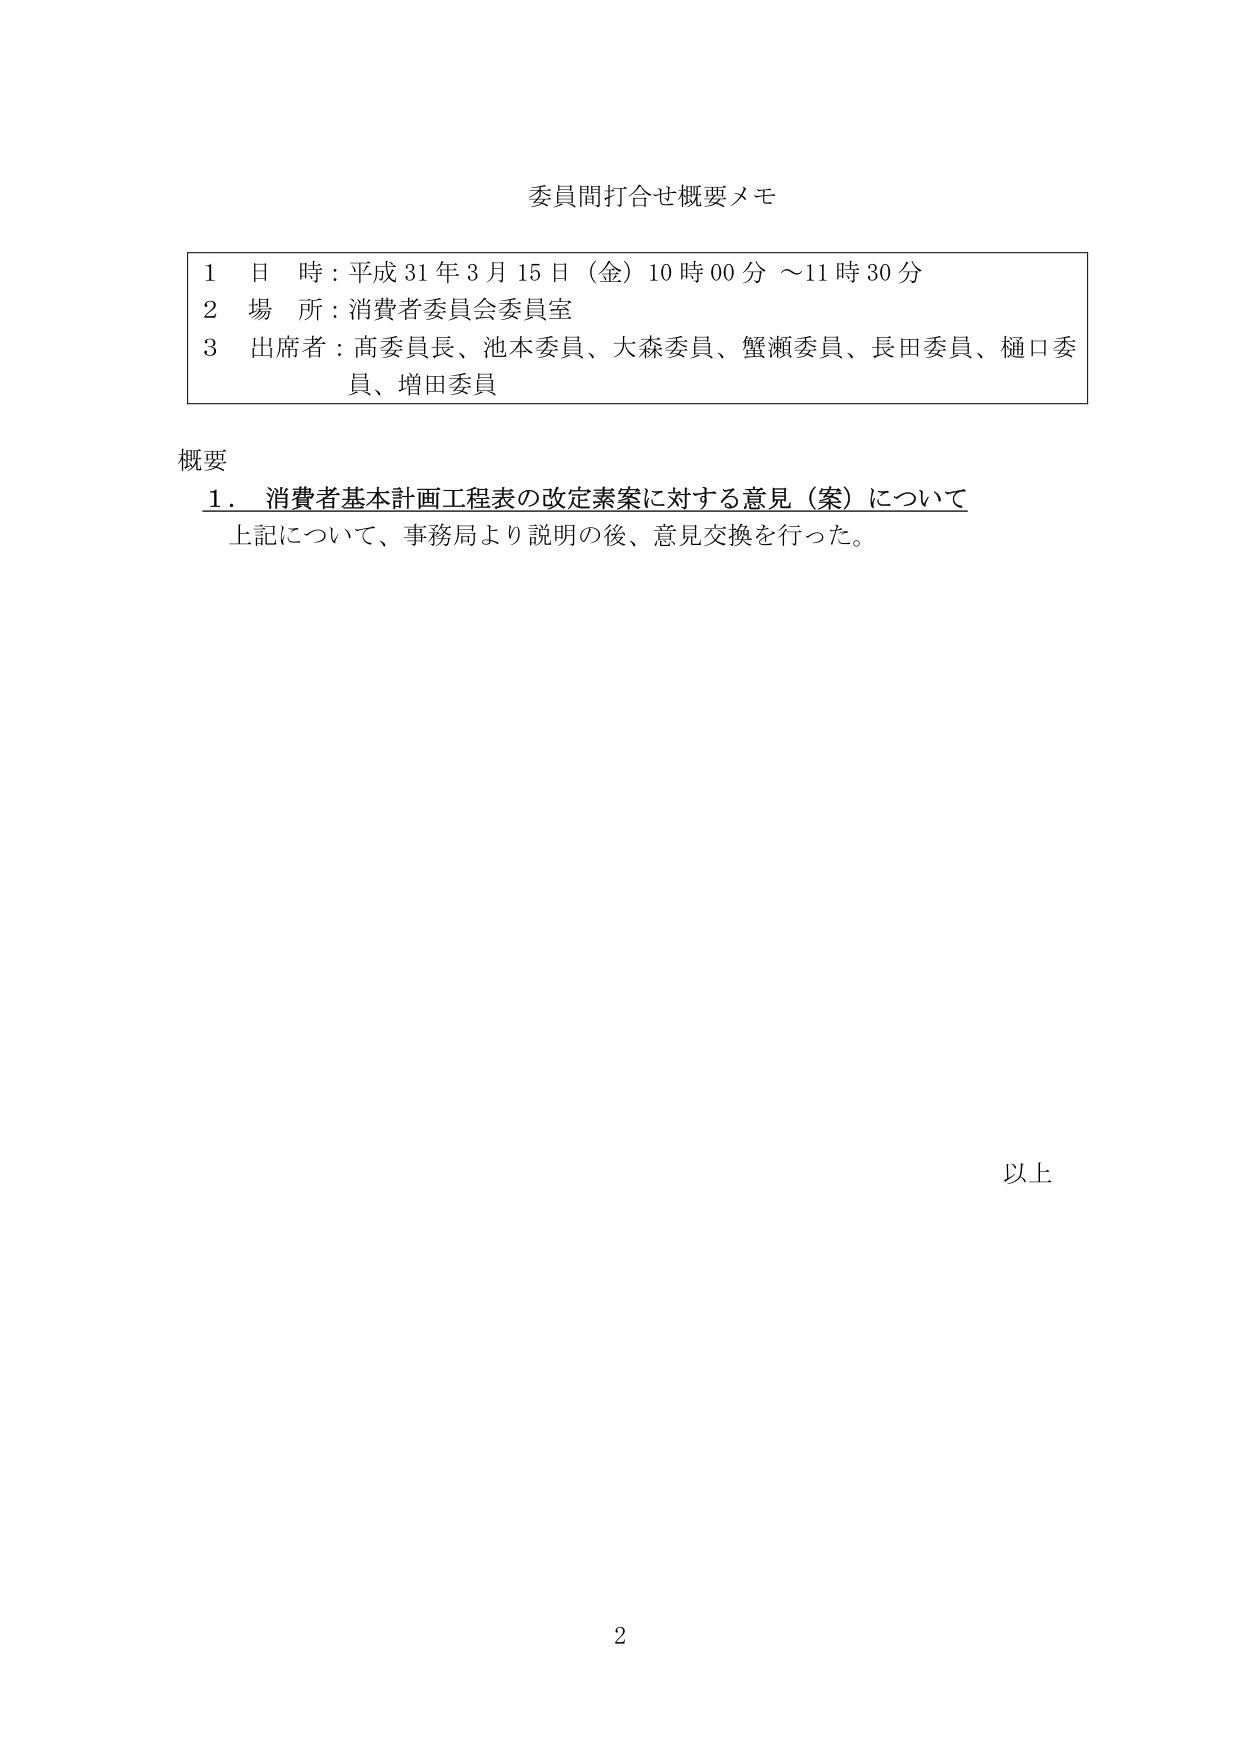
委員間打合せ概要メモ

1 日 時：平成31年3月15日（金）10時00分～11時30分
2 場 所：消費者委員会委員室
3 出席者：髙委員長、池本委員、大森委員、蟹瀬委員、長田委員、樋口委員、増田委員

概要
1．消費者基本計画工程表の改定素案に対する意見（案）について
　上記について、事務局より説明の後、意見交換を行った。

以上

2